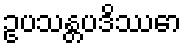
ဥပသန္တပဒိဿော